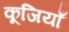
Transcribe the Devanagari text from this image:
कूजियाँ